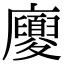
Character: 𢌉